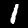
Label: 1